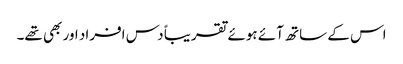
اس کے ساتھ آئے ہوئے تقریباً دس افراد اور بھی تھے۔